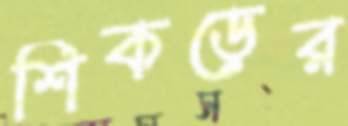
শিকড়ের